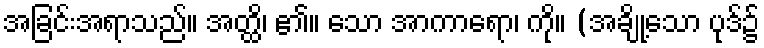
အခြင်းအရာသည်။ အတ္ထိ၊ ၏။ သော အာကာရော၊ ကို။ (အချို့သော ပုဒ်၌